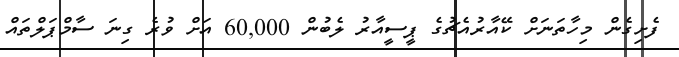
ފެށިގެން މިހާތަނަށް ކޭއާރުއެޗުގެ ޕީސީއާރު ލެބުން 60